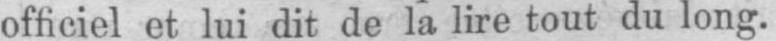
officiel et lui dit de la lire tout du long.